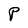
Character: P